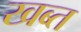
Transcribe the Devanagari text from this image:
खब्त